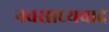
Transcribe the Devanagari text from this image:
नवसाध्यवाद